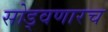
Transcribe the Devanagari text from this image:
सोड्वणारच